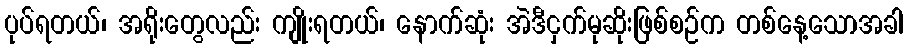
ပုပ်ရတယ်၊ အရိုးတွေလည်း ကျိုးရတယ်၊ နောက်ဆုံး အဲဒီငှက်မုဆိုးဖြစ်စဉ်က တစ်နေ့သောအခါ